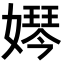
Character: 𡡱